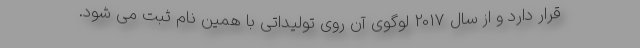
قرار دارد و از سال 2017 لوگوی آن روی تولیداتی با همین نام ثبت می شود.